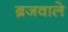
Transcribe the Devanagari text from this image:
ब्रजवाले